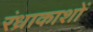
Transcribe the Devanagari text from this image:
रंध्राकाशों